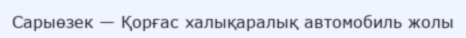
Сарыөзек — Қорғас халықаралық автомобиль жолы